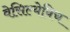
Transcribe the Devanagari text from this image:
वेसिल्येविच